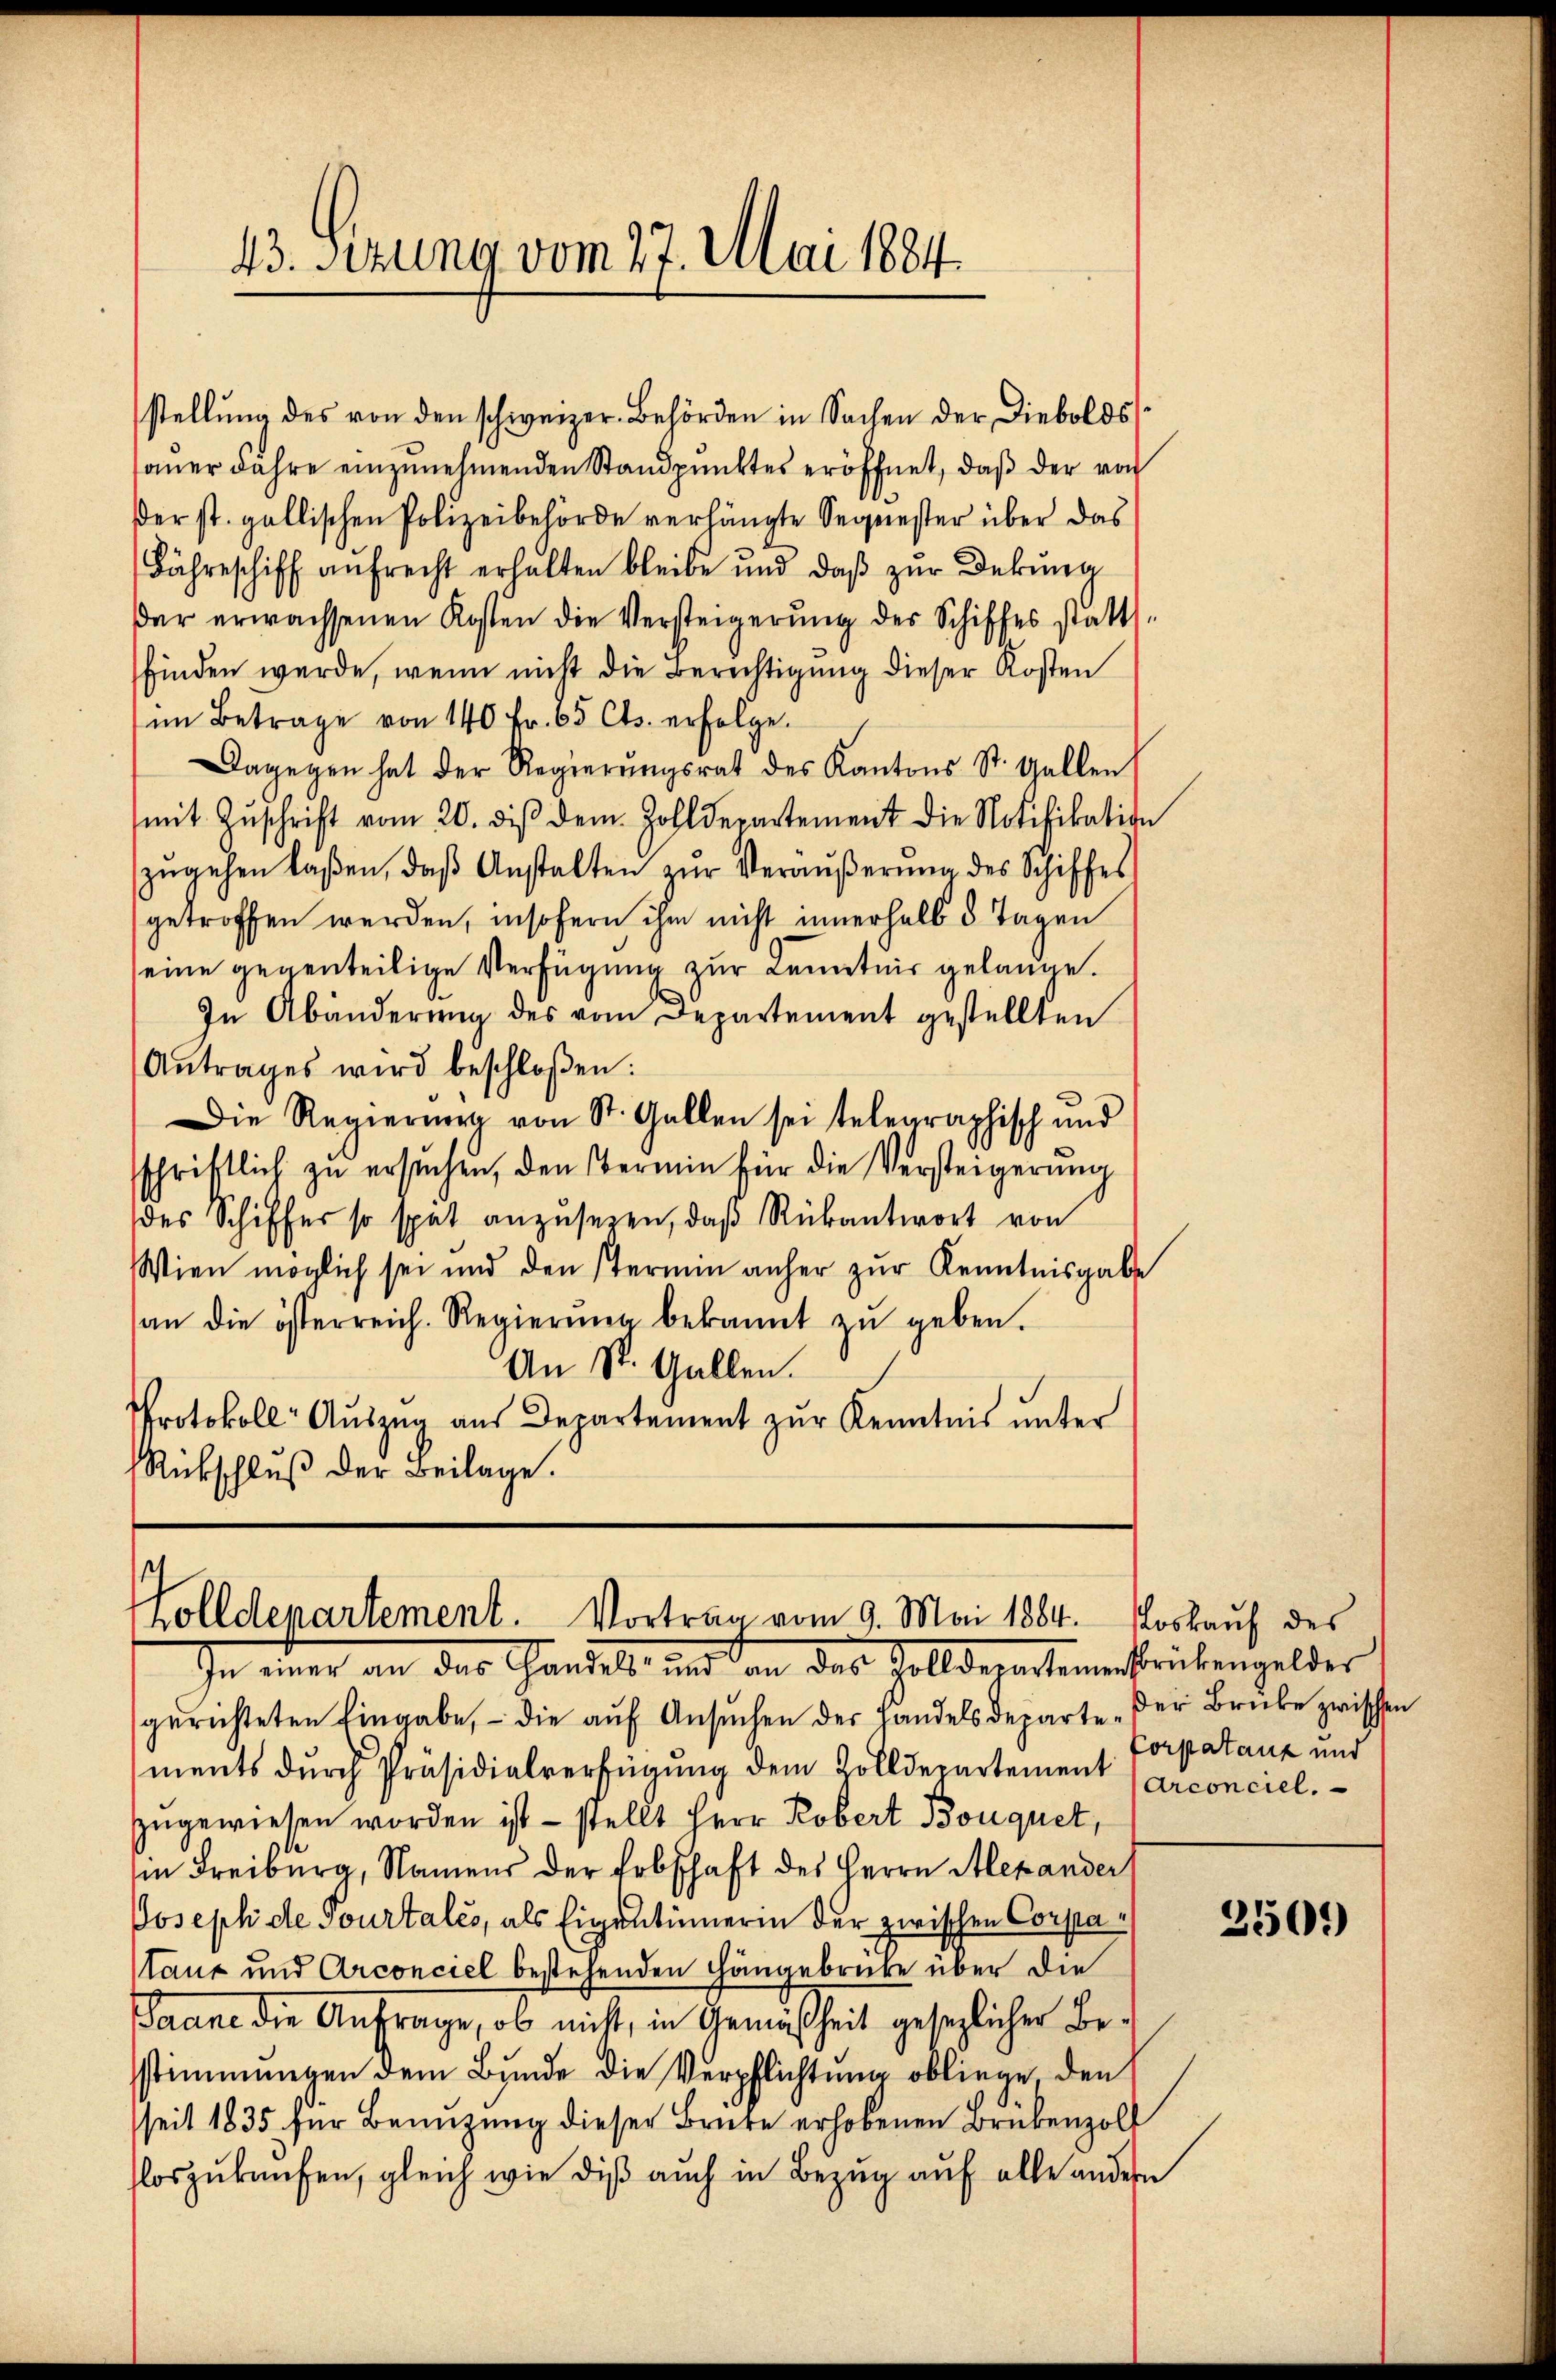
43. Setzung vom 27. Mai 1884.

stellŭng des von den schweizer. Behörden in Sachen der Diebolds
sauer Fahre einzunehmenden Standpunktes eröffnet, daß der von
der st. gallischen Polizeibehörde verhängte Sequester über das
Bährschiff aŭfrecht erhalten bleibe und daβ zŭr Dekŭna
der erwachsenen Kosten die Versteigerŭng des Schiffes statt-
finden werde, wenn nicht die Berechtigung dieser Kosten
im Betrage von 140 Fr. 65 Cts. erfolge.
Dagegen hat der Regierŭngsrat des Kantons St. Gallen
mit Zŭschrift vom 20. des dem Zolldepartement die Notifikation
zŭgehen laßen, daβ Anstalten zŭr Veräußerung des Schiffes
getroffen werden, insofern ihm nicht innerhalb 3 Tagen
eine gegenteilige Verfügung zur Kenntnis gelange.
In Abänderung des vom Departement gestellten
Antrages wird beschloßen:
Die Regierŭng von St. Gallen sei telegraphisch und
sschriftlich zŭ ersuchen, den Termin für die Versteigerŭng
des Schiffer so spät anzŭsehen, daβ Rükantwort von
Wien möglich sei und den stermin anher zur Kenntnisgabe
an die österreich. Regierŭng bekannt zŭ geben.
An St. Gallen.
Protokoll- Aŭszŭg aŭs Departement zŭr Kenntnis ŭnter
Rückschluß der Beilage.

Holldepartement. Vortrag vom 9. Mai 1884.
In einer an das Handels, und den das Zolldepartementrickengelder

oskauf des
Corpatanz und

gerichteten Eingabe, - die aŭf Ansŭchen der Handelsdeparte der Brube zwischen
ments durch Präsidialverfügung dem Zolldepartement (Arconciel
zugewiesen worden ist – stellt Herr Kobert Bouquet,
in Freiburg, Namens der Erbschaft des Herrn Alexander
Josephide Tourtales, als Eigentümerin der zwischen Constaauz und Arconciel bestehenden Hangebrüke über die
Jaune die Anfrage, ob nicht, in Gemäßheit gesezlicher Besstimmungen dem Bunde die Verpflichtung obliege, den
seit 1835 für Benuzung dieser Brute erhobenen Brükenzoll
loszukaufen, gleich wie dis auch in Bezug auf alle andern

250)